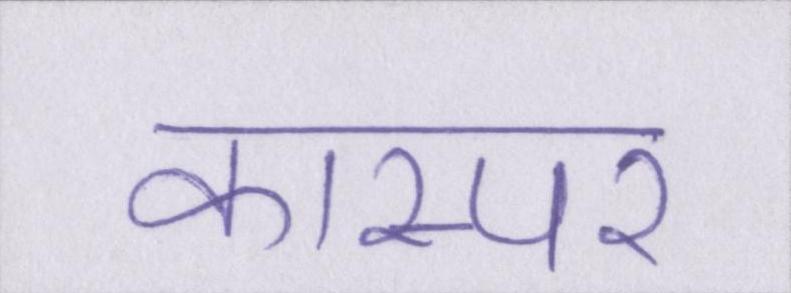
कास्पर